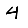
Digit: 4